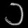
Digit: ၁